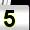
Digit: 5